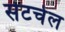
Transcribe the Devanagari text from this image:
सेटचेल